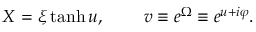
X = \xi \operatorname { t a n h } u , \, \qquad v \equiv e ^ { \Omega } \equiv e ^ { u + i \varphi } .